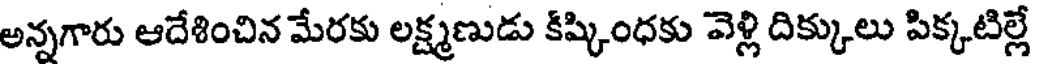
అన్నగారు ఆదేశించిన మేరకు లక్ష్మణుడు కిష్కింధకు వెళ్లి దిక్కులు పిక్కటిల్లే